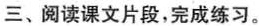
三、阅读课文片段，完成练习。